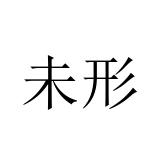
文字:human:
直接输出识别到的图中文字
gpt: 未形